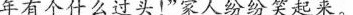
年有个什么过头!”家人纷纷笑起来。